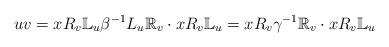
\begin{align*}uv=xR_v\mathbb{L}_u\beta^{-1}L_u\mathbb{R}_v\cdot xR_v\mathbb{L}_u=xR_v\gamma^{-1}\mathbb{R}_v\cdot xR_v\mathbb{L}_u\end{align*}